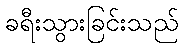
ခရီးသွားခြင်းသည်